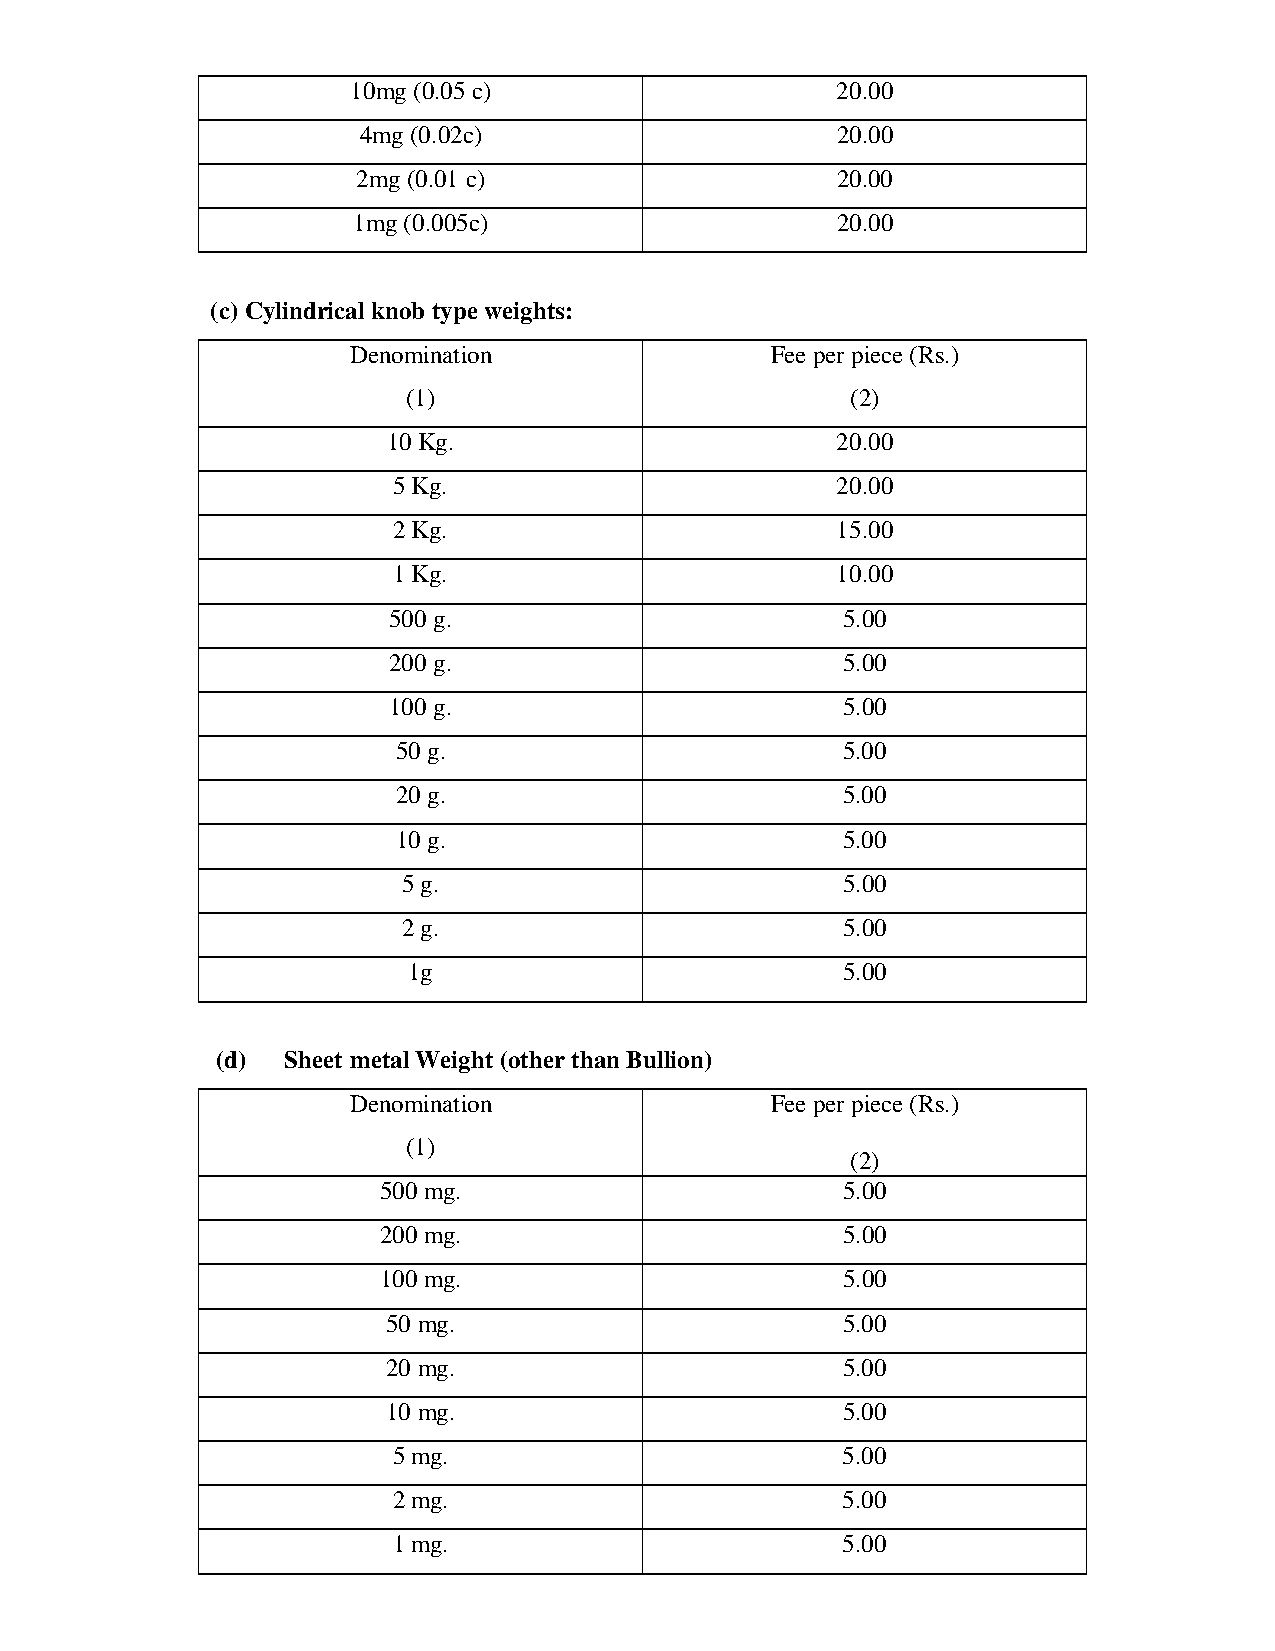
10mg (0.05 c)                   20.00
 4mg (0.02c)                    20.00
 2mg (0.01 c)                   20.00
 1mg (0.005c)                    20.00
 (c) Cylindrical knob type weights:
 Denomination                Fee per piece (Rs.)
 (1)                          (2)
 10 Kg.                       20.00
 5 Kg.                        20.00
 2 Kg.                        15.00
 1 Kg.                        10.00
 500 g.                        5.00
 200 g.                        5.00
 100 g.                        5.00
 50 g.                         5.00
 20 g.                         5.00
 10 g.                         5.00
 5 g.                         5.00
 2 g.                         5.00
 1g                           5.00
 (d)  Sheet metal Weight (other than Bullion)
 Denomination                Fee per piece (Rs.)
 (1)
 (2)
 500 mg.                        5.00
 200 mg.                        5.00
 100 mg.                        5.00
 50 mg.                        5.00
 20 mg.                        5.00
 10 mg.                        5.00
 5 mg.                         5.00
 2 mg.                         5.00
 1 mg.                         5.00